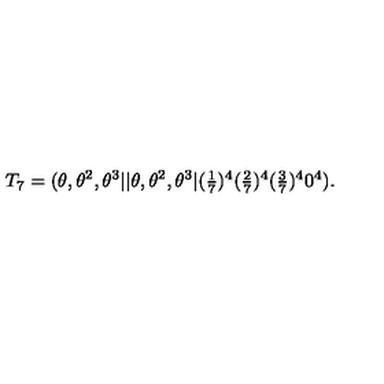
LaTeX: T _ { 7 } = ( \theta , \theta ^ { 2 } , \theta ^ { 3 } \vert \vert \theta , \theta ^ { 2 } , \theta ^ { 3 } \vert ( \textstyle { \frac { 1 } { 7 } } ) ^ { 4 } ( \textstyle { \frac { 2 } { 7 } } ) ^ { 4 } ( \textstyle { \frac { 3 } { 7 } } ) ^ { 4 } 0 ^ { 4 } ) .